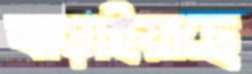
বাড়াইয়াছে